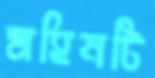
মহিষটি